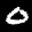
Label: 0